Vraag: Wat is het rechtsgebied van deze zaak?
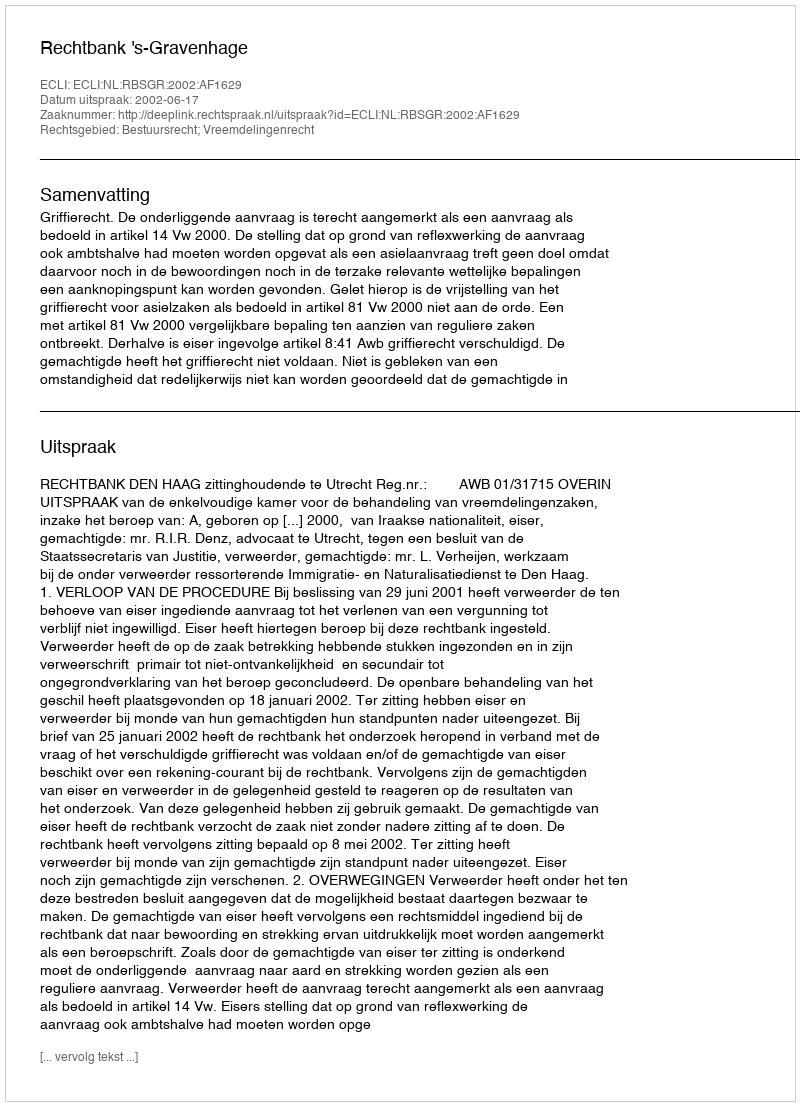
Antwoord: Bestuursrecht; Vreemdelingenrecht